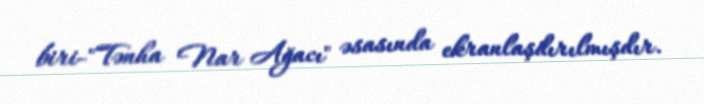
biri-"Tənha Nar Ağacı" əsasında ekranlaşdırılmışdır.